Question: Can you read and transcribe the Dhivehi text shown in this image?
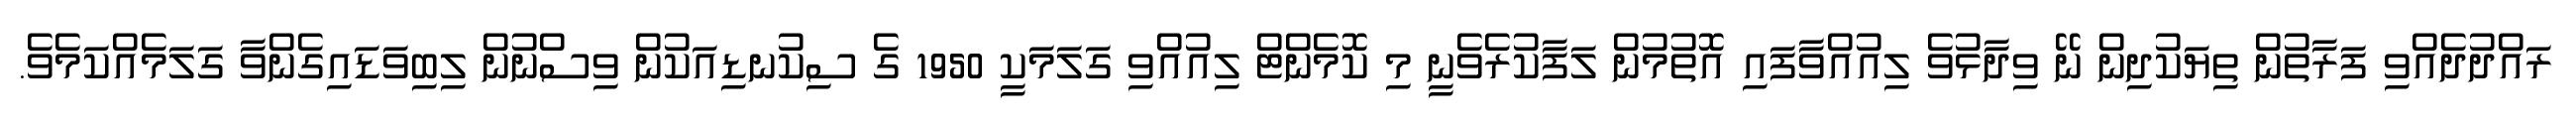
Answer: ރައްދުދެއްވި ފަރާތުން ތިޔަކުދިން ނޭ ވިދާޅުވެ ލިއުއްވާފައި އޮތުމުން ލަފާކުރެވެނީ މި ކޮމެންޓް ލިއުއްވި ގަލަމަކީ 1950 ގެ ސިކުނޑިއަކުން ވިސްނުން ލިބިވަޑައިގެންވާ ގަލަމެއްކަމެވެ.